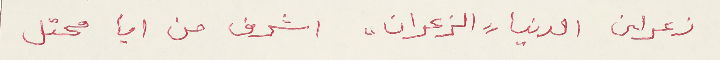
زعران الدنيا "الزعران" اشرف من ايا محتل